Lunatic asylums in Bengal annual reports 1888-1898 - 1888-1898
Year: 1888
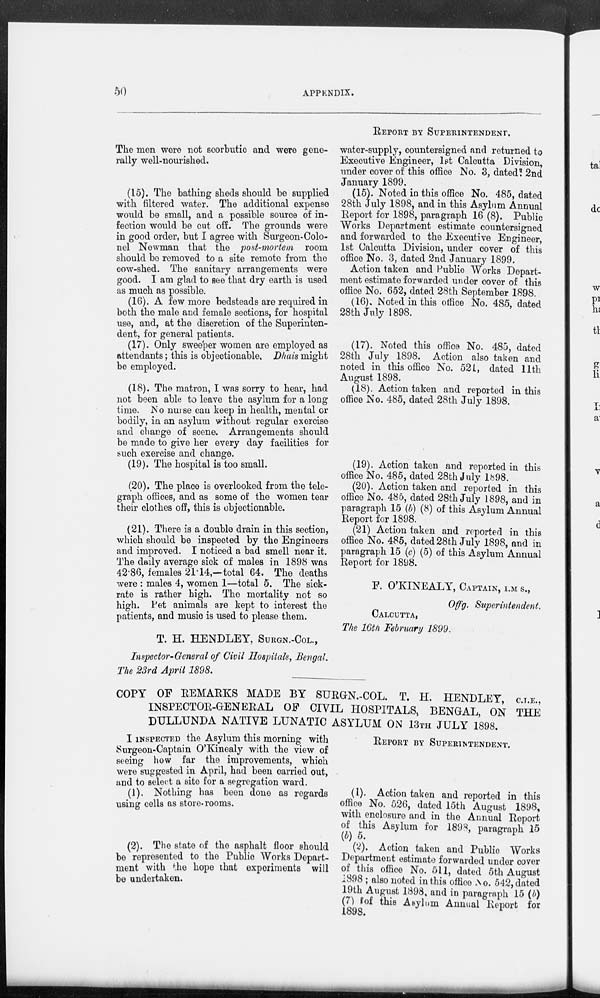
50
APPENDIX.
The men were not scorbutic and were gene-
rally well-nourished.
(15). The bathing sheds should be supplied
with filtered water. The additional expense
would be small, and a possible source of in-
fection would be cut off. The grounds were
in good order, but I agree with Surgeon-Colo-
nel Newman that the post-mortem room
should be removed to a site remote from the
cow-shed. The sanitary arrangements were
good. I am glad to see that dry earth is used
as much as possible.
(16). A few more bedsteads are required in
both the male and female sections, for hospital
use, and, at the discretion of the Superinten-
dent, for general patients.
(17). Only sweeper women are employed as
attendants; this is objectionable. Dhais might
be employed.
(18). The matron, I was sorry to hear, had
not been able to leave the asylum for a long
time. No nurse can keep in health, mental or
bodily, in an asylum without regular exercise
and change of scene. Arrangements should
be made to give her every day facilities for
such exercise and change.
(19). The hospital is too small.
(20). The place is overlooked from the tele-
graph offices, and as some of the women tear
their clothes off, this is objectionable.
(21). There is a double drain in this section,
which should be inspected by the Engineers
and improved. I noticed a bad smell near it.
The daily average sick of males in 1898 was
42.86, females 21.14,-total 64. The deaths
were : males 4, women 1—total 5. The sick-
rate is rather high. The mortality not so
high. Pet animals are kept to interest the
patients, and music is used to please them.
T. H. HENDLEY, SURGN.-COL.,
Inspector-General of Civil Hospitals, Bengal.
The 23rd April 1898.
REPORT BY SUPERINTENDENT.
water-supply, countersigned and returned to
Executive Engineer, 1st Calcutta Division,
under cover of this office No. 3, dated: 2nd
January 1899.
(15). Noted in this office No. 485, dated
28th July 1898, and in this Asylum Annual
Report for 1898, paragraph 16 (8). Public
Works Department estimate countersigned
and forwarded to the Executive Engineer,
1st Calcutta Division, under cover of this
office No. 3, dated 2nd January 1899.
Action taken and Public Works Depart-
ment estimate forwarded under cover of this
office No. 652, dated 28th September 1898.
(16). Noted in this office No. 485, dated
28th July 1898.
(17). Noted this office No. 485, dated
28th July 1898. Action also taken and
noted in this office No. 521, dated 11th
August 1898.
(18). Action taken and reported in this
office No. 485, dated 28th July 1898.
(19). Action taken and reported in this
office No. 485, dated 28th July 1898.
(20). Action taken and reported in this
office No. 485, dated 28th July 1898, and in
paragraph 15 (b) (8) of this Asylum Annual
Report for 1898.
(21) Action taken and reported in this
office No. 485, dated 28th July 1898, and in
paragraph 15 (c) (5) of this Asylum Annual
Report for 1898.
F. O'KINEALY, CAPTAIN, I.M. S.,
Offg. Superintendent.
CALCUTTA,
The 16th February 1899.
COPY OF REMARKS MADE BY SURGN.-COL. T. H. HENDLEY, C.I.E.,
INSPECTOR-GENERAL OF CIVIL HOSPITALS, BENGAL, ON THE
DULLUNDA NATIVE LUNATIC ASYLUM ON 13TH JULY 1898.
I INSPECTED the Asylum this morning with
Surgeon-Captain O'Kinealy with the view of
seeing how far the improvements, which
were suggested in April, had been carried out,
and to select a site for a segregation ward.
(1). Nothing has been done as regards
using cells as store-rooms.
(2). The state of the asphalt floor should
be represented to the Public Works Depart-
ment with the hope that experiments will
be undertaken.
REPORT BY SUPERINTENDENT.
(1). Action taken and reported in this
office No. 526, dated 15th August 1898,
with enclosure and in the Annual Report
of this Asylum for 1898, paragraph 15
(b) 5.
(2). Action taken and Public Works
Department estimate forwarded under cover
of this office No. 511, dated 5th August
1898 ; also noted in this office No. 542, dated
19th August 1898, and in paragraph 15 (b)
(7) of this Asylum Annual Report for
1898.